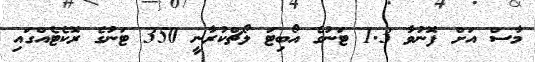
މާސް އަށް ފޮނުވާ 1.3 ޓަނުގެ އޯބިޓަ ލޯޗްކުރާނީ 350 ޓަނުގެ ރޮކެޓެއްގައި